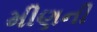
મીણની